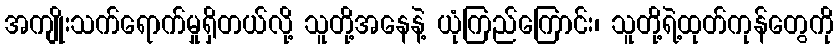
အကျိုးသက်ရောက်မှုရှိတယ်လို့ သူတို့အနေနဲ့ ယုံကြည်ကြောင်း၊ သူတို့ရဲ့ထုတ်ကုန်တွေကို